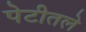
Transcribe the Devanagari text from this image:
पेटीतले